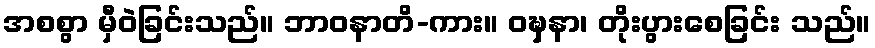
အစစွာ မှီဝဲခြင်းသည်။ ဘာဝနာတိ-ကား။ ဝဍ္ဎှနာ၊ တိုးပွားစေခြင်း သည်။